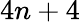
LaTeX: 4n+4